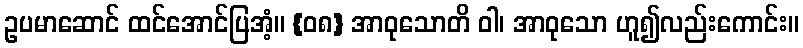
ဥပမာဆောင် ထင်အောင်ပြအံ့။ {၀၈} အာဝုသောတိ ဝါ၊ အာဝုသော ဟူ၍လည်းကောင်း။